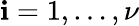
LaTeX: \mathbf{i}=1,\dots,\nu